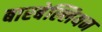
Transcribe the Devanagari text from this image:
बारबेल्लियन